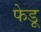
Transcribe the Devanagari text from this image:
फेडू